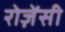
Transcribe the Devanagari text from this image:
रोज़ेंसी